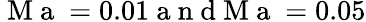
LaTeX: \mathrm{~M~a~}=0.01\mathrm{~a~n~d~M~a~}=0.05